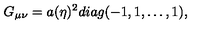
G _ { \mu \nu } = a ( \eta ) ^ { 2 } d i a g ( - 1 , 1 , \dots , 1 ) ,